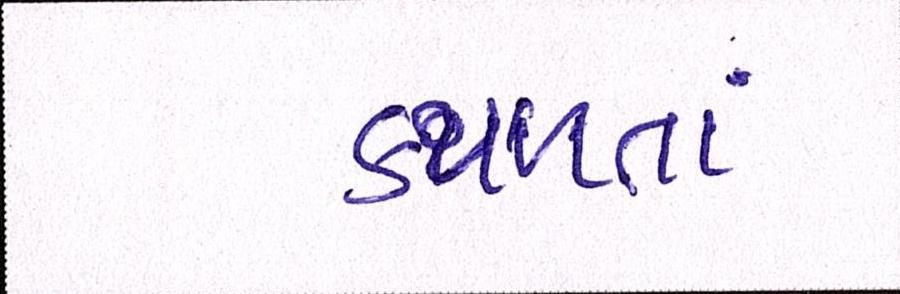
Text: કથળતાં